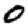
Digit: 0